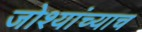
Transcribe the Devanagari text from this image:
जोश्यांच्याच